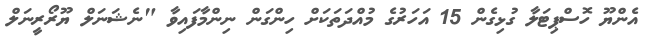
އެންޔޫ ހޮސްޕިޓަލާ ގުޅިގެން 15 އަހަރުގެ މުއްދަތަކަށް ހިންގަން ނިންމާފައިވާ "ނެޝަނަލް ޔޫރޯރީނަލް